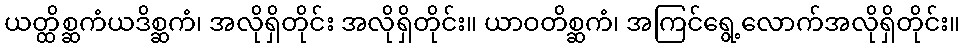
ယတ္ထိစ္ဆကံယဒိစ္ဆကံ၊ အလိုရှိတိုင်း အလိုရှိတိုင်း။ ယာဝတိစ္ဆကံ၊ အကြင်ရွေ့လောက်အလိုရှိတိုင်း။